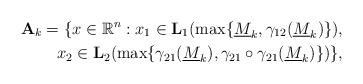
LaTeX: \begin{align*}\mathbf{A}_k=\{x\in \mathbb{R}^n:x_1\in\mathbf{L}_1(\max\{\underline{M}_k, \gamma_{12}(\underline{M}_k)\}),\\ x_2\in\mathbf{L}_2(\max\{\gamma_{21}(\underline{M}_k),\gamma_{21}\circ\gamma_{21}(\underline{M}_k)\})\},\end{align*}